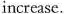
increase.